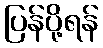
ပြန်ပို့ရန်